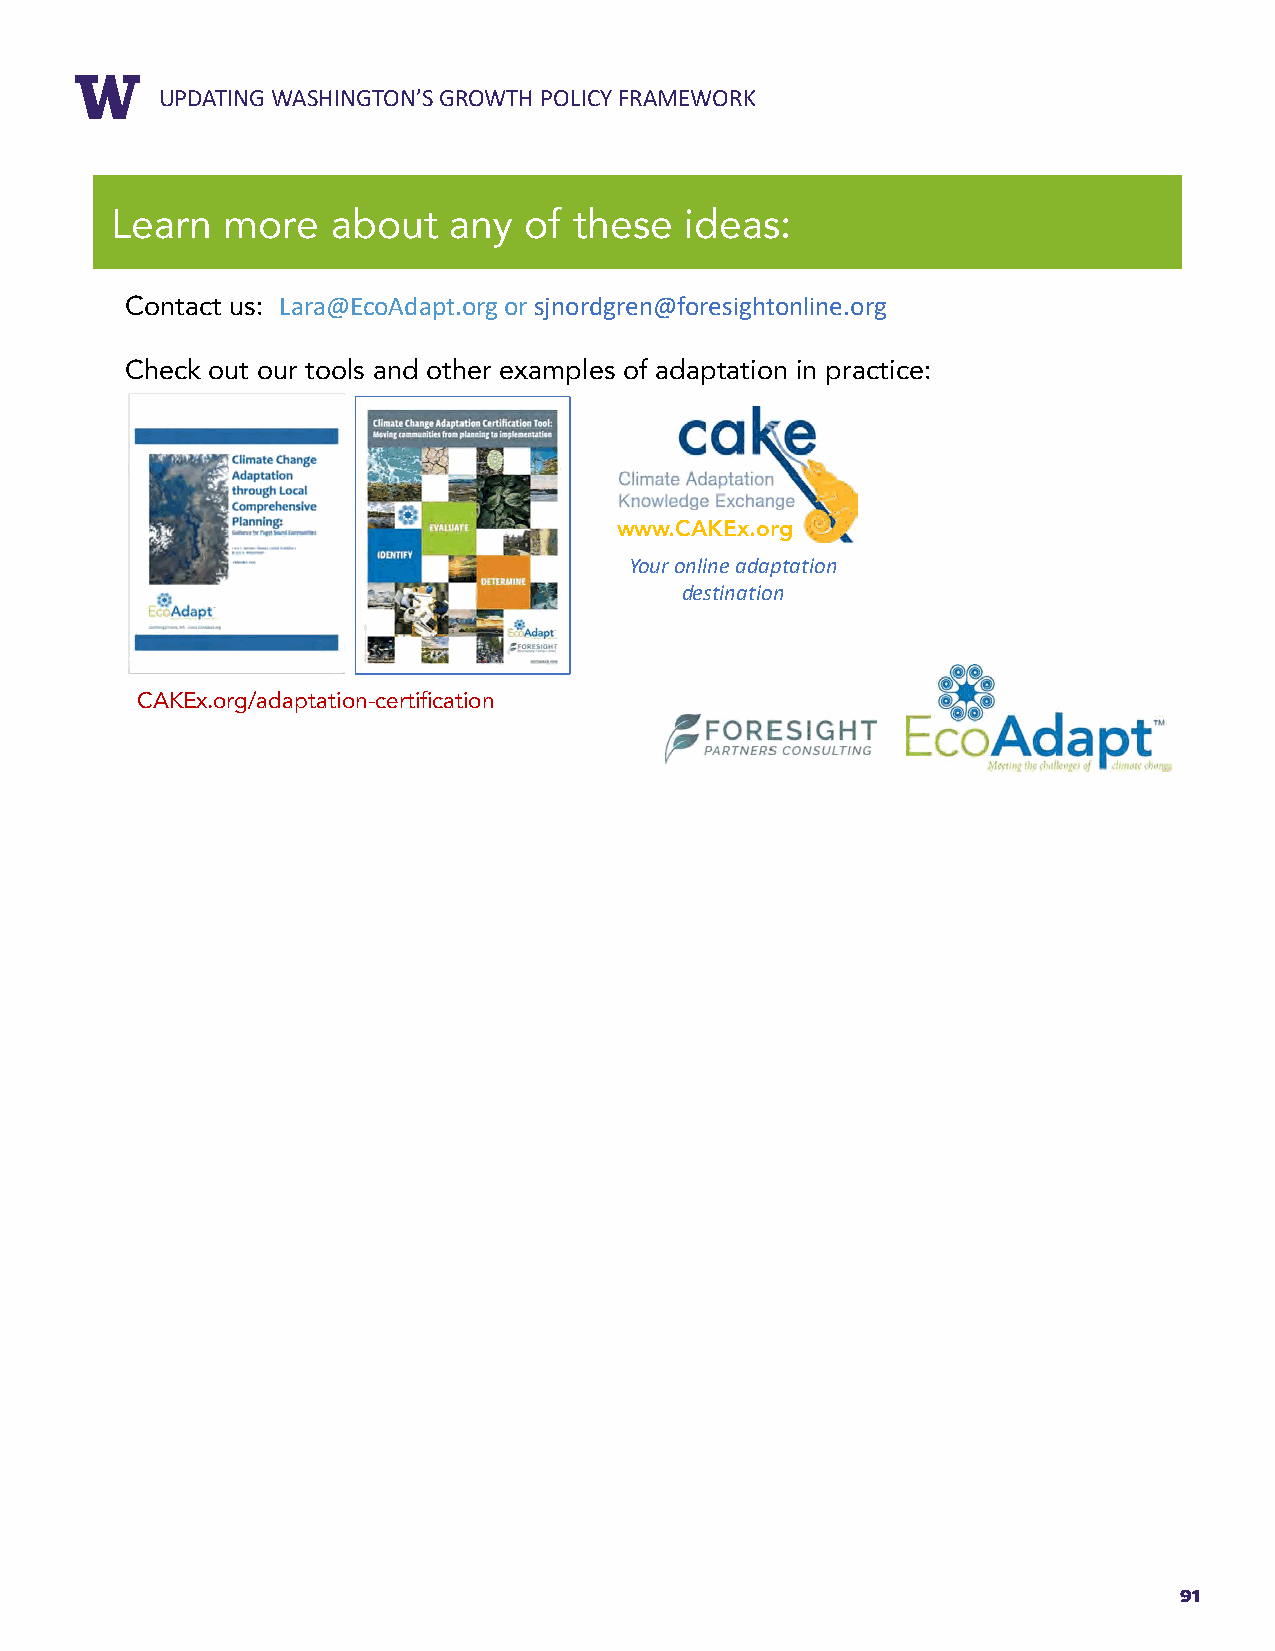
RUEPPDOARTTIN TGIT WLEASHINGTON’S GROWTH POLICY FRAMEWORK
 Learn   more   about   any  of these  ideas:
 Contact us: Lara@EcoAdapt.org or sjnordgren@foresightonline.org
 Check out our tools and other examples of adaptation in practice:
 www.CAKEx.org
 Your online adaptation
 destination
 CAKEx.org/adaptation-certification
 91